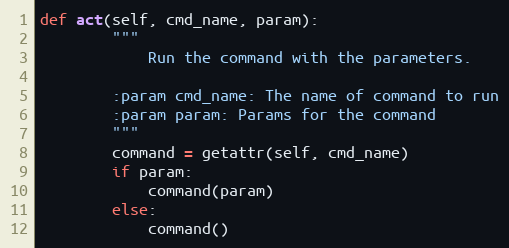
Language: Python
def act(self, cmd_name, param):
        """
            Run the command with the parameters.

        :param cmd_name: The name of command to run
        :param param: Params for the command
        """
        command = getattr(self, cmd_name)
        if param:
            command(param)
        else:
            command()